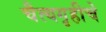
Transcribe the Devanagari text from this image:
चैत्यगृहीचे